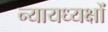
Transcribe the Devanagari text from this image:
न्यायध्यक्षों